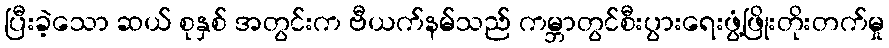
ပြီးခဲ့သော ဆယ် စုနှစ် အတွင်းက ဗီယက်နမ်သည် ကမ္ဘာတွင်စီးပွားရေးဖွံ့ဖြိုးတိုးတက်မှု